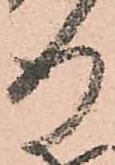
行